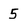
Character: 5